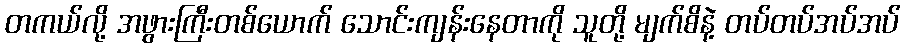
တကယ်လို့ အဖွားကြီးတစ်ယောက် သောင်းကျန်းနေတာကို သူတို့ မျက်စိနဲ့ တပ်တပ်အပ်အပ်